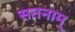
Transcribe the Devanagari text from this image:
सतनाम्